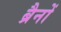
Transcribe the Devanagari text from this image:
ब्रैनों